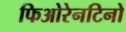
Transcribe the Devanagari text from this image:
फिओरेनटिनो